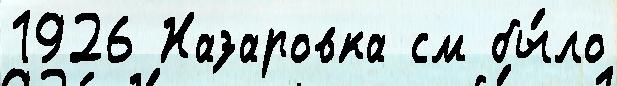
1926 Назаровка см бы́ло